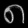
Digit: ၈